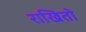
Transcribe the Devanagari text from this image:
राखितो